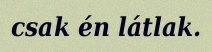
csak én látlak.